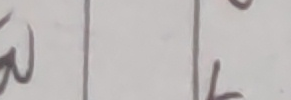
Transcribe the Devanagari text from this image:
बु | फं